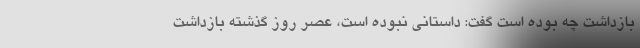
بازداشت چه بوده است گفت: داستانی نبوده است، عصر روز گذشته بازداشت